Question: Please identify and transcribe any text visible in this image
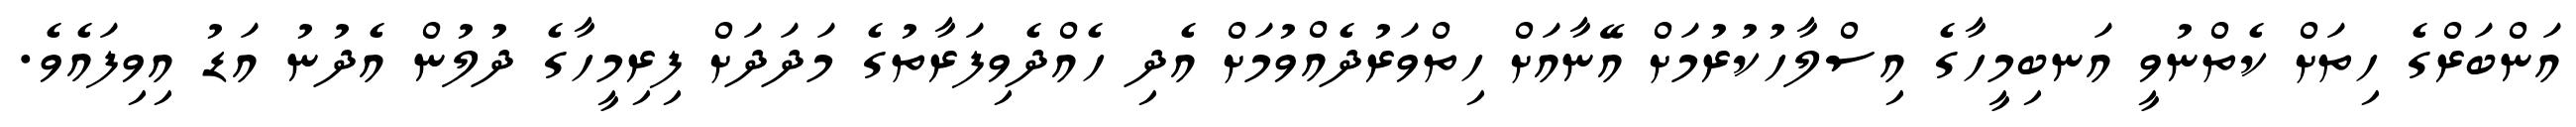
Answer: އަންބަރްގެ ހިތަށް ކެތްނުވީ އަނބިމީހާގެ އިސްލާހުކުރުމަށް އޭނާއަށް ހިތްވަރުދެއްވުމަށް އެދި ހެއްދެވިފަރާތުގެ މަދަދަށް ފިރިމީހާގެ ދުލުން އެދުނު އަޑު އިވިފައެވެ.